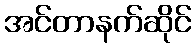
အင်တာနက်ဆိုင်